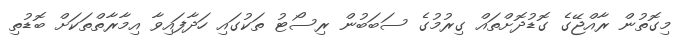
މިގޮތުން ރާއްޖޭގެ ގޮޑުދޮށްތައް ގިރުމުގެ ސަބަބުން ރިސޯޓު ތަކުގައި ހަދާފައިވާ އިމާރާތްތަކަށް ބޮޑުތި